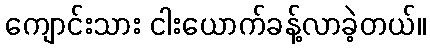
ကျောင်းသား ငါးယောက်ခန့်လာခဲ့တယ်။